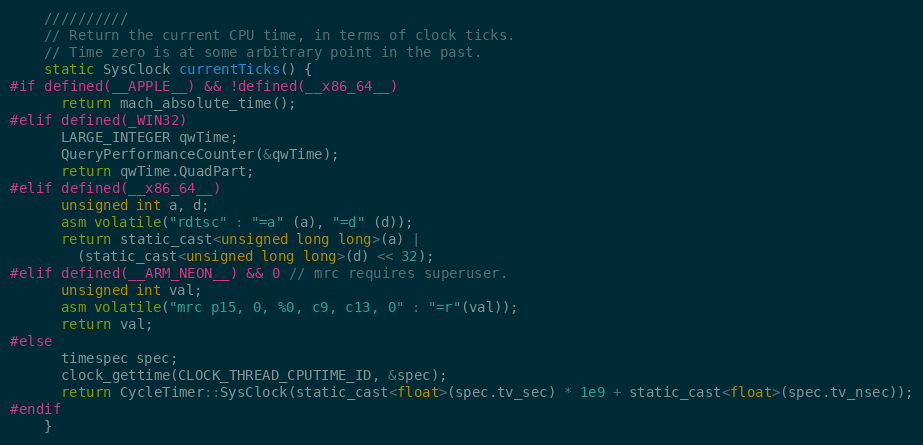
Language: C
    //////////
    // Return the current CPU time, in terms of clock ticks.
    // Time zero is at some arbitrary point in the past.
    static SysClock currentTicks() {
#if defined(__APPLE__) && !defined(__x86_64__)
      return mach_absolute_time();
#elif defined(_WIN32)
      LARGE_INTEGER qwTime;
      QueryPerformanceCounter(&qwTime);
      return qwTime.QuadPart;
#elif defined(__x86_64__)
      unsigned int a, d;
      asm volatile("rdtsc" : "=a" (a), "=d" (d));
      return static_cast<unsigned long long>(a) |
        (static_cast<unsigned long long>(d) << 32);
#elif defined(__ARM_NEON__) && 0 // mrc requires superuser.
      unsigned int val;
      asm volatile("mrc p15, 0, %0, c9, c13, 0" : "=r"(val));
      return val;
#else
      timespec spec;
      clock_gettime(CLOCK_THREAD_CPUTIME_ID, &spec);
      return CycleTimer::SysClock(static_cast<float>(spec.tv_sec) * 1e9 + static_cast<float>(spec.tv_nsec));
#endif
    }